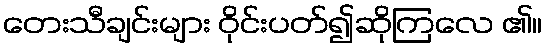
တေးသီချင်းများ ဝိုင်းပတ်၍ဆိုကြလေ ၏။